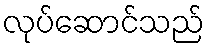
လုပ်ဆောင်သည်